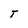
Character: T